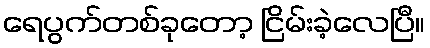
ရေပွက်တစ်ခုတော့ ငြိမ်းခဲ့လေပြီ။